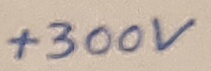
Text: +300V